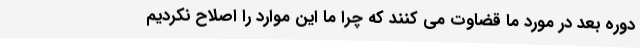
دوره بعد در مورد ما قضاوت می کنند که چرا ما این موارد را اصلاح نکردیم